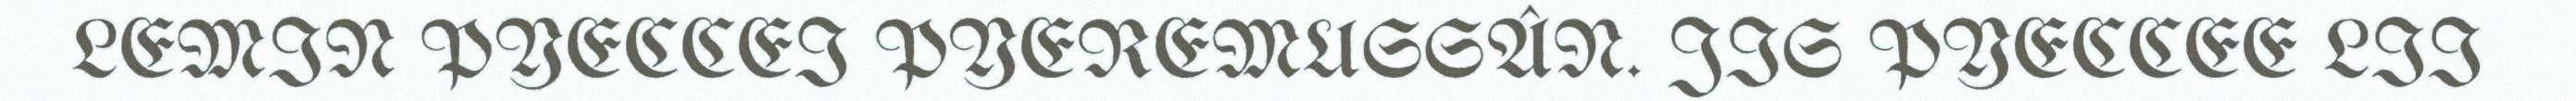
LEMIN PYECCEI PYEREMUSSÂN. JIS PYECCEE LII